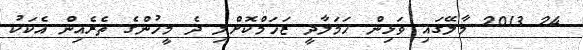
24 2013 މާލޭގައި ވަޅިން ހަމަލާދީ ޒަހަމްކޮށްލި ދެ މީހުންގެ ތެރެއިން އެކަކު